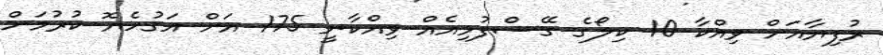
ރުފިޔާއަށް ވިއްކާ 10 ކިލޯގެ ގޭސްފުޅިއެއް ވިއްކާނީ 175 އަށް އަގުހެޔޮ ކުރުމަށް